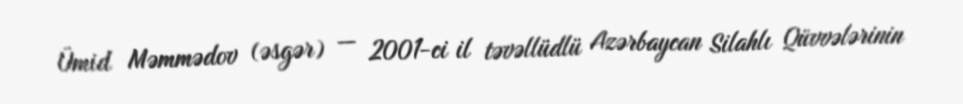
Ümid Məmmədov (əsgər) — 2001-ci il təvəllüdlü Azərbaycan Silahlı Qüvvələrinin